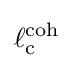
\ell _{\rm {c}}^{\rm {coh}}